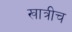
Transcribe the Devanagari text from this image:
खात्रीच